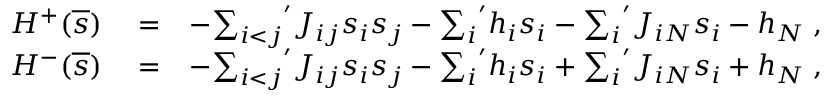
\begin{array} { r l r } { { \cal H } ^ { + } ( \overline { { s } } ) } & { { } = } & { - { \sum _ { i < j } } ^ { \prime } J _ { i j } s _ { i } s _ { j } - { \sum _ { i } } ^ { \prime } h _ { i } s _ { i } - { \sum _ { i } } ^ { \prime } J _ { i N } s _ { i } - h _ { N } \; , } \\ { { \cal H } ^ { - } ( \overline { { s } } ) } & { { } = } & { - { \sum _ { i < j } } ^ { \prime } J _ { i j } s _ { i } s _ { j } - { \sum _ { i } } ^ { \prime } h _ { i } s _ { i } + { \sum _ { i } } ^ { \prime } J _ { i N } s _ { i } + h _ { N } \; , } \end{array}